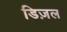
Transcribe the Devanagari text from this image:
डिज़ल